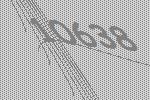
10638